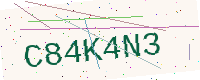
Text: C84K4N3